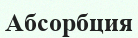
Абсорбция